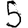
Digit: 5